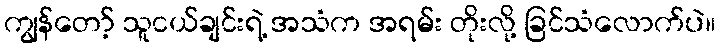
ကျွန်တော့် သူငယ်ချင်းရဲ့ အသံက အရမ်း တိုးလို့ ခြင်သံလောက်ပဲ။